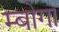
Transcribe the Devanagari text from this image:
म्बोगा